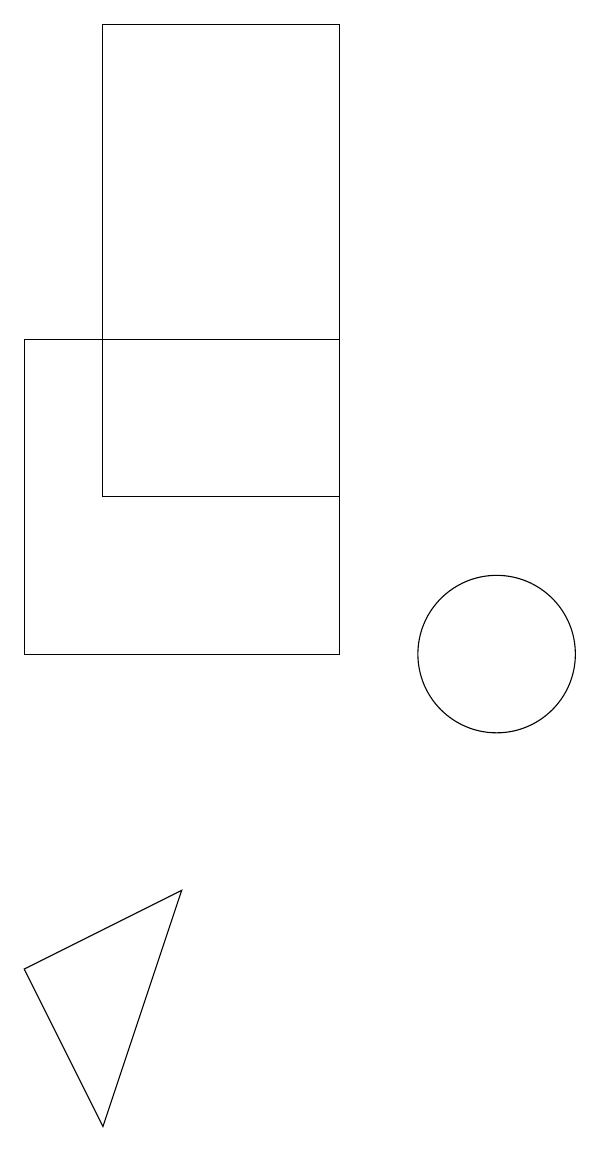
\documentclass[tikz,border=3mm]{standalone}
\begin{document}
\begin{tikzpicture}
\draw (6,7) -- (4,6) -- (5,4) -- cycle;
\draw (4,14) rectangle (8,10);
\draw (10,10) circle (1);
\draw (8,18) rectangle (5,12);
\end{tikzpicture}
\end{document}